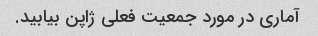
آماری در مورد جمعیت فعلی ژاپن بیابید.